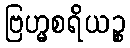
ဗြဟ္မစရိယဉ္စ